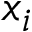
x _ { i }